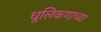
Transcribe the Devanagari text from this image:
धूलिकणाच्या